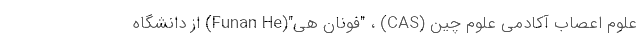
علوم اعصاب آکادمی علوم چین (CAS) ، "فونان هی"(Funan He) از دانشگاه